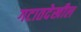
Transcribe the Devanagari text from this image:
गटातदेखील